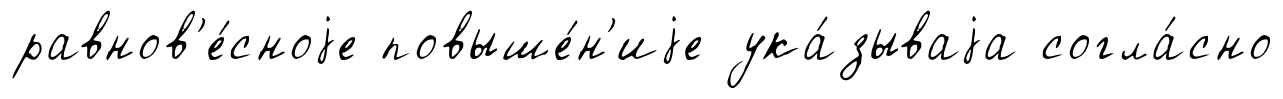
равнов'е́сноjе повыше́н'иjе ука́зываjа согла́сно